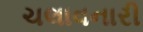
ચલાવનારી